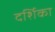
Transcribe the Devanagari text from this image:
दर्शिका